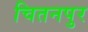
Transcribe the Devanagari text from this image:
चितनपुर